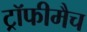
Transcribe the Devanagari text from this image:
ट्रॉफीमैच